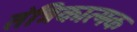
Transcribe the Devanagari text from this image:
तंत्रिकात्मक